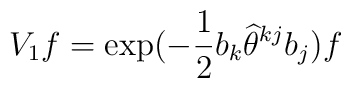
V_{1}f=\exp (-\frac{1}{2}b_{k}\widehat{\theta }^{kj}b_{j})f